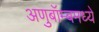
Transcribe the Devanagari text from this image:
अणुबॉम्बमध्ये